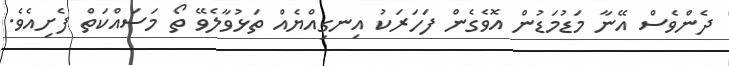
ދެންވެސް އޭނާ މަޑުމަޑުން އޮވެގެން ފަހަރަކު އިނގިއްޔެއް ތަޅުވާލެވޭ ތޯ މަސައްކަތް ފެށިއެވެ.